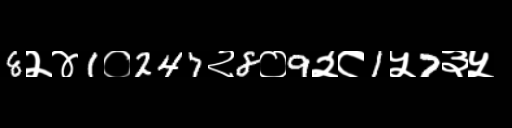
Text: 8२४1०247२8०9२८1५7३५